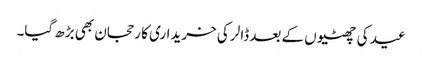
عید کی چھٹیوں کے بعد ڈالر کی خریداری کا رحجان بھی بڑھ گیا۔